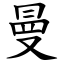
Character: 曼